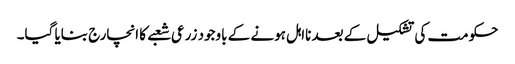
حکومت کی تشکیل کے بعد نااہل ہونے کے باوجود زرعی شعبے کا انچارج بنایا گیا۔